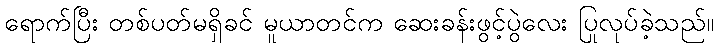
ရောက်ပြီး တစ်ပတ်မရှိခင် မူယာတင်က ဆေးခန်းဖွင့်ပွဲလေး ပြုလုပ်ခဲ့သည်။